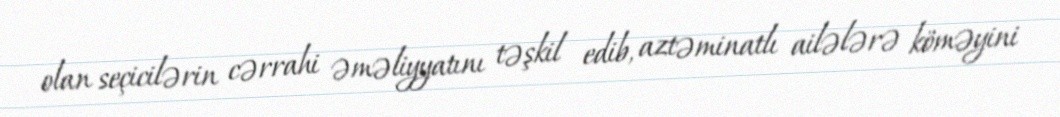
olan seçicilərin cərrahi əməliyyatını təşkil edib, aztəminatlı ailələrə köməyini